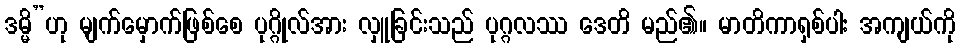
ဒမ္မိ”ဟု မျက်မှောက်ဖြစ်စေ ပုဂ္ဂိုလ်အား လှူခြင်းသည် ပုဂ္ဂလဿ ဒေတိ မည်၏။ မာတိကာရှစ်ပါး အကျယ်ကို